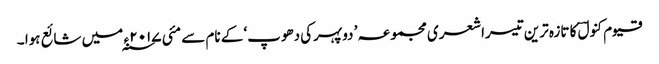
قیوم کنولؔ کا تازہ ترین تیسراشعری مجموعہ ’ دوپہرکی دھوپ‘ کے نام سے مئی ۲۰۱۷ ء ؁ میں شائع ہوا ۔